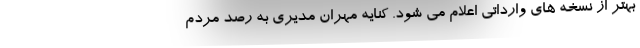
بهتر از نسخه های وارداتی اعلام می شود. کنایه مهران مدیری به رصد مردم